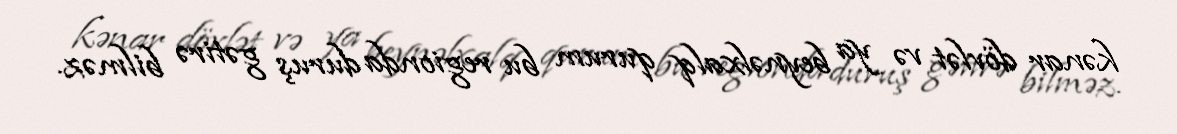
kənar dövlət və ya beynəlxalq qurum bu regionda duruş gətirə bilməz.